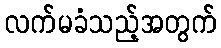
လက်မခံသည့်အတွက်